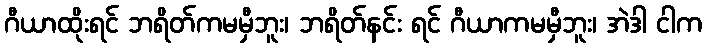
ဂီယာထိုးရင် ဘရိတ်ကမမှီဘူး၊ ဘရိတ်နင်း ရင် ဂီယာကမမှီဘူး၊ အဲဒါ ငါက